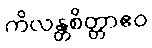
ကိလန္တစိတ္တာဧဝ